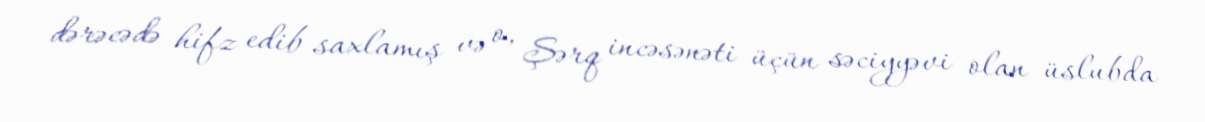
dərəcədə hifz edib saxlamış və o, Şərq incəsənəti üçün səciyyəvi olan üslubda